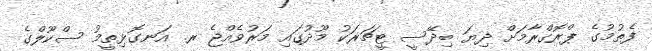
ފެތުމުގެ ޕްރޮގްރާމަށް ދިޔަ ބިދޭސީ ޓީޗަރަކު މޫދުގައި މަރުވެއްޖެ ރ. އަނގޮޅިތީމު ސްކޫލްގެ